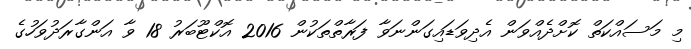
މި މަސައްކަތް ކޮށްދެއްވަން އެދިވަޑައިގަންނަވާ ފަރާތްތަކުން 2016 އޮކްޓޫބަރު 18 ވާ އަންގާރަދުވަހުގެ